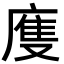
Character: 𢊄